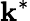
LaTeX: \mathbf{k}^{*}